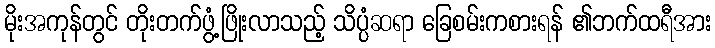
မိုးအကုန်တွင် တိုးတက်ဖွံ့ဖြိုးလာသည့် သိပ္ပံဆရာ ခြေစမ်းကစားရန် ၏ဘက်ထရီအား